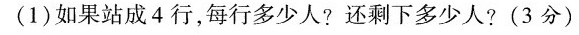
(1)如果站成4行，每行多少人?还剩下多少人?(3分)